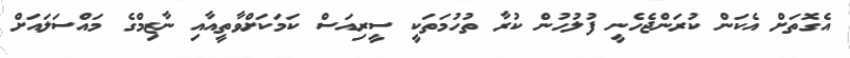
އެގޮތަށް އެކަން ކުރަންޖެހެނީ ފުލުހުން ކުރާ ތުހުމަތަކީ ސީރިއަސް ކަމަކަށްވާތީއާއި ނާޒިމްގެ މައްސަލައަށް